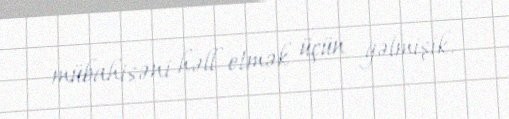
mübahisəni həll etmək üçün gəlmişik.